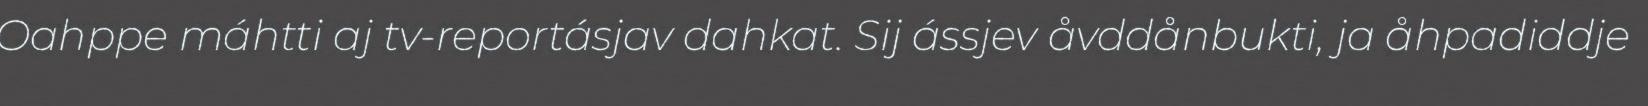
Oahppe máhtti aj tv-reportásjav dahkat. Sij ássjev åvddånbukti, ja åhpadiddje